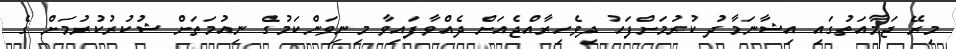
މިރޭ ޖަމާއަތުގައި އިޝާނަމާދު ކުރުމަށްފަހު ދިވެހިރާއްޖެއަށް ދެއްވާފައިވާ މިނިވަންކަމުގެ ނިއުމަތަށް ޝުކުރުކުރުމަށް ގެ